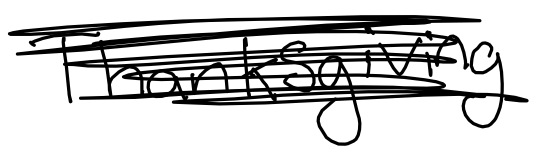
Text: Thanksgiving
Cross-out: scratch
Writing tool: digital_black